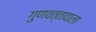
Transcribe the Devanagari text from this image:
गुणवत्तावाला